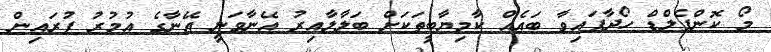
މޯ ކޮންފެލްޑް ހޯދާފައިވާ ބައެއް ކާމިޔާބީތަކަށް ބަލާލާއިރު އޭނާވަނީ އޭނާގެ އުމުރު ފުރައިން